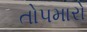
તોપમારો